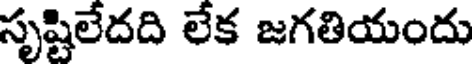
సృష్టిలేదది లేక జగతియందు